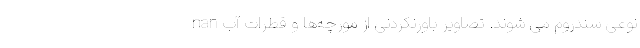
نوعی سندروم می شوند. تصاویر باورنکردنی از مورچه‌ها و قطرات آب nan